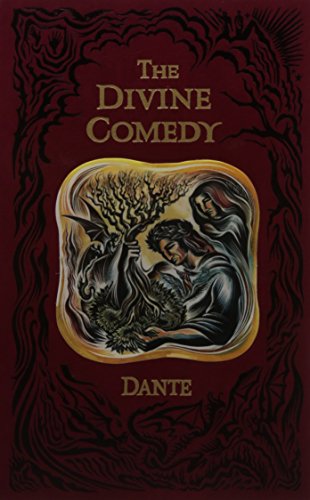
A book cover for The Divine Comedy; Dante Alighieri; Christian Books & Bibles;